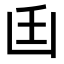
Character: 𠚂